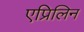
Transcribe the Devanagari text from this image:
एप्रिलिन